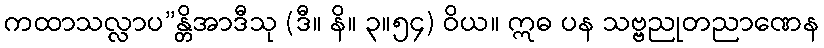
ကထာသလ္လာပ”န္တိအာဒီသု (ဒီ။ နိ။ ၃။၅၄) ဝိယ။ ဣဓ ပန သဗ္ဗညုတညာဏေန